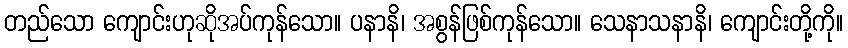
တည်သော ကျောင်းဟုဆိုအပ်ကုန်သော။ ပနာနိ၊ အစွန်ဖြစ်ကုန်သော။ သေနာသနာနိ၊ ကျောင်းတို့ကို။